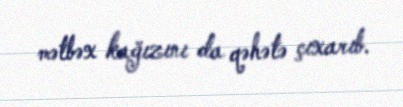
mətbəx kağızını da qəhətə çıxarıb.